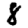
Digit: 8